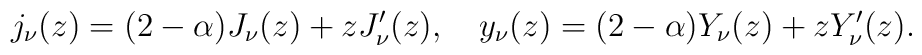
j_\nu(z)=(2-\alpha)J_\nu(z)+zJ_\nu'(z),~~~y_\nu(z)=(2-\alpha)Y_\nu(z)+zY_\nu'(z).